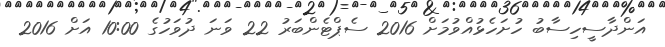
އަންދާސީހިސާބު ހުށަހެޅުއްވުމަށް 2016 ސެޕްޓެންބަރު 22 ވަނަ ދުވަހުގެ 10:00 އަށް 2016